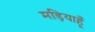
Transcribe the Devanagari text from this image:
मड़ियाहूँ